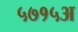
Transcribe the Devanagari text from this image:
५७१५अ